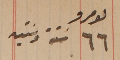
نمرو ٦٦ ستة وستين